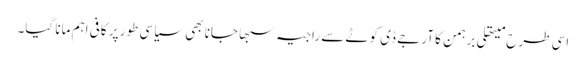
اسی طرح میتھلی برہمن کا آر جے ڈی کوٹے سے راجیہ سبھا جانا بھی سیاسی طور پر کافی اہم مانا گیا۔